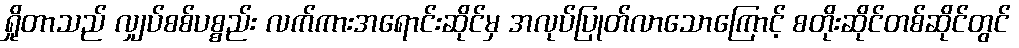
ရှိုတာသည် လျှပ်စစ်ပစ္စည်း လက်ကားအရောင်းဆိုင်မှ အလုပ်ပြုတ်လာသောကြောင့် စတိုးဆိုင်တစ်ဆိုင်တွင်